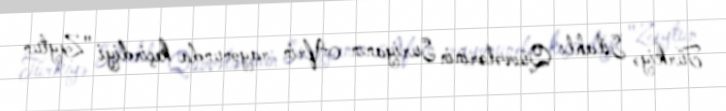
Türkiyə Silahlı Qüvvələrinin Suriyanın Afrin rayonunda keçirdiyi "Zeytun